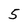
Character: 5